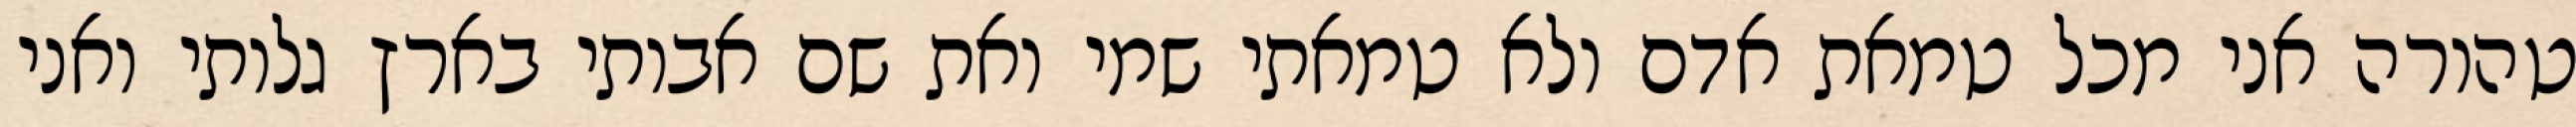
טהורה אני מכל טמאת אדם ולא טמאתי שמי ואת שם אבותי בארץ גלותי ואני